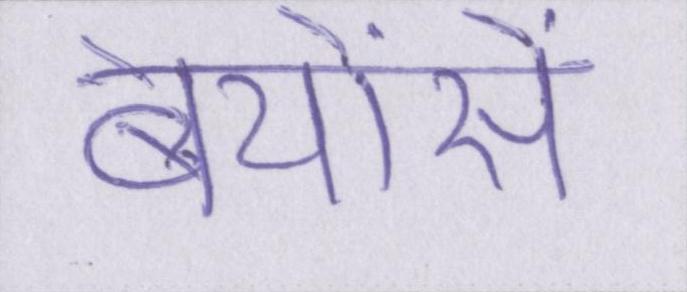
बेयोंसे